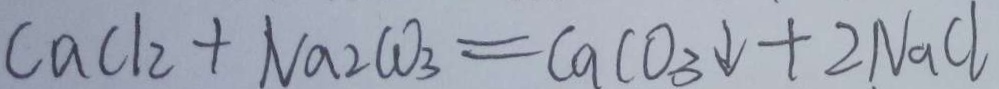
C a C l _ { 2 } + N a _ { 2 } C O _ { 3 } = C a C O _ { 3 } \downarrow + 2 N a C l